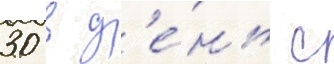
30 в д'е́нь с